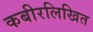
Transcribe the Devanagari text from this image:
कबीरलिखित